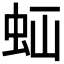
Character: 𧉋